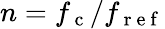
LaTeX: n=f_{\mathrm{~c~}}/f_{\mathrm{~r~e~f~}}